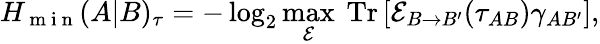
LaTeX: H_{\mathrm{~m~i~n~}}(A|B)_{\tau}=-\log_{2}\underset{\mathcal{E}}{\operatorname*{max}}~\mathrm{Tr}\left[\mathcal{E}_{B\rightarrow B^{\prime}}(\tau_{AB})\gamma_{AB^{\prime}}\right],